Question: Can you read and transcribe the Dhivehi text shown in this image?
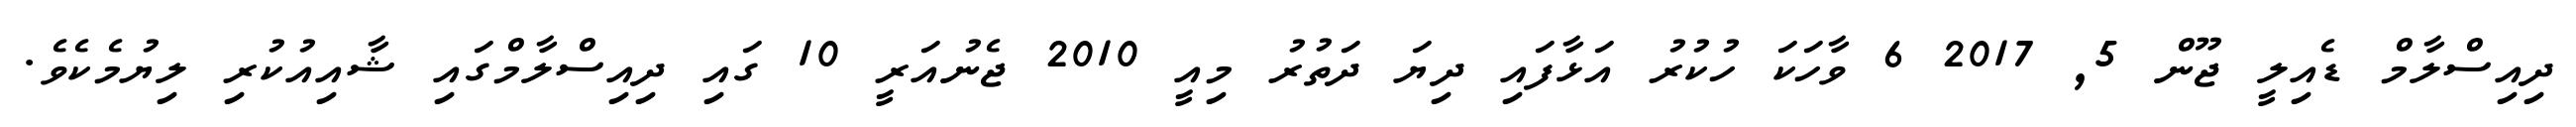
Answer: ދިއިސްލާމް ޑެއިލީ ޖޫން 5, 2017 6 ވާހަކަ ހުކުރު އަޅާފައި ދިޔަ ދަތުރު މިއީ 2010 ޖެނުއަރީ 10 ގައި ދިއިސްލާމްގައި ޝާއިއުކުރި ލިޔުމެކެވެ.